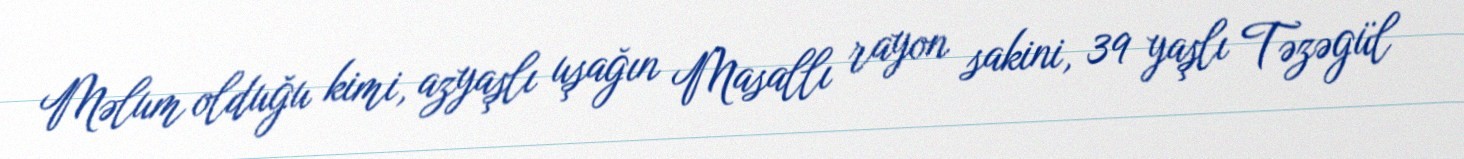
Məlum olduğu kimi, azyaşlı uşağın Masallı rayon sakini, 39 yaşlı Təzəgül